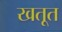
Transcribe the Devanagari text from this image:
खतूत